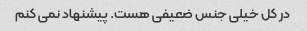
در کل خیلی جنس ضعیفی هست. پیشنهاد نمی کنم